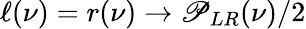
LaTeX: \ell(\nu)=r(\nu)\to\mathscr{P}_{LR}(\nu)/2